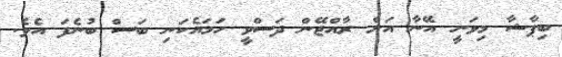
ބިޕާޝާ މިވަނީ އޭނާ އަށް ރާއްޖޭން ދަސްވީ ހަމައެކަނި ބަސް ބުނެފަ އެވެ.